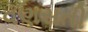
વણસતી